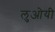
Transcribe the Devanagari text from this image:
लुओयी